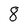
Character: 8